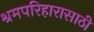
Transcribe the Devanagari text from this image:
श्रमपरिहारासाठी